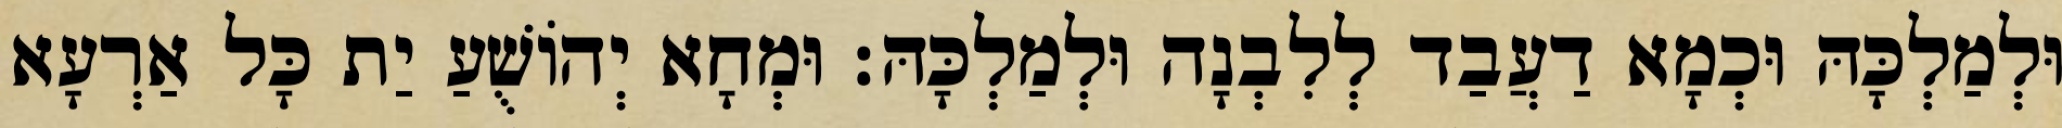
וּלְמַלְכָּהּ וּכְמָא דַעֲבַד לְלִבְנָה וּלְמַלְכָּהּ׃ וּמְחָא יְהוֹשֻׁעַ יַת כָּל אַרְעָא